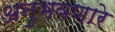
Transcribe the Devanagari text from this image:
अनुभवणारे